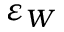
\varepsilon _ { W }